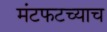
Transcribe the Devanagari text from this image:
मंटफटच्याच